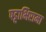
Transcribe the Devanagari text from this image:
पट्टाभिरामा